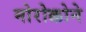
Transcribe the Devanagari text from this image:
मोरोक्कोने